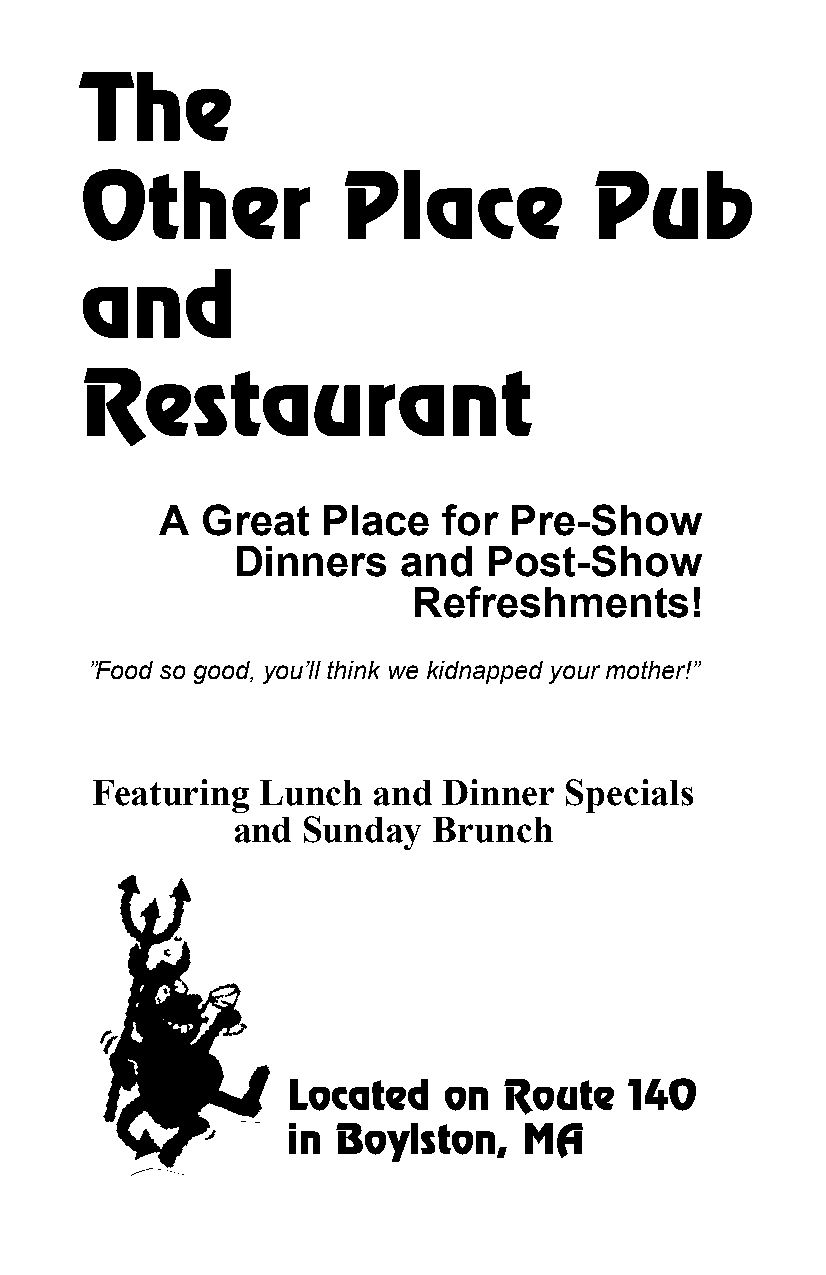
The
 Other             Place           Pub
 and
 Restaurant
 A Great   Place   for  Pre-Show
 Dinners     and  Post-Show
 Refreshments!
 ”Food so good, you’ll think we kidnapped your mother!”
 Featuring  Lunch   and Dinner  Specials
 and  Sunday   Brunch
 Located   on  Route    140
 in Boylston,    MA